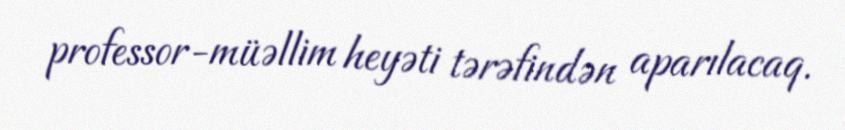
professor-müəllim heyəti tərəfindən aparılacaq.